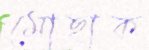
মোছাক